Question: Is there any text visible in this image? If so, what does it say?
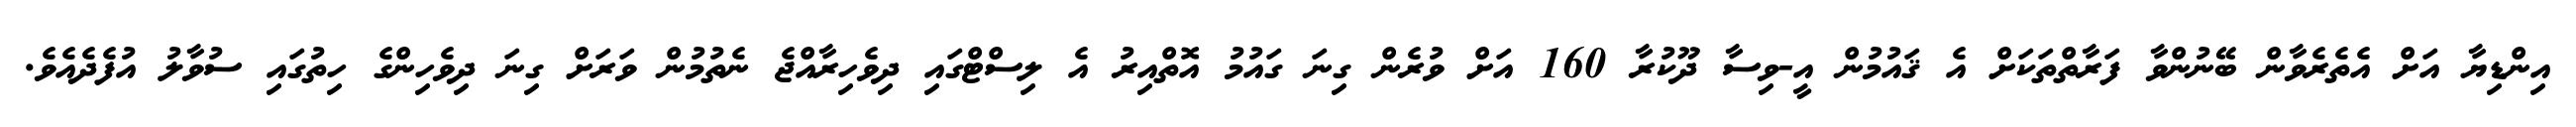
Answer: އިންޑިޔާ އަށް އެތެރެވާން ބޭނުންވާ ފަރާތްތަކަށް އެ ޤައުމުން އީ-ވިސާ ދޫކުރާ 160 އަށް ވުރެން ގިނަ ގައުމު އޮތްއިރު އެ ލިސްޓްގައި ދިވެހިރާއްޖެ ނެތުމުން ވަރަށް ގިނަ ދިވެހިންގެ ހިތުގައި ސުވާލު އުފެދެއެވެ.